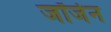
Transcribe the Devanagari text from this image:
जॉर्जेन